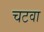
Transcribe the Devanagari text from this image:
चटवा